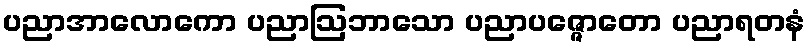
ပညာအာလောကော ပညာဩဘာသော ပညာပဇ္ဇောတော ပညာရတနံ